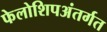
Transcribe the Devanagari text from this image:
फेलोशिपअंतर्गत